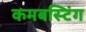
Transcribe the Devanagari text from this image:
कमबस्टिंग